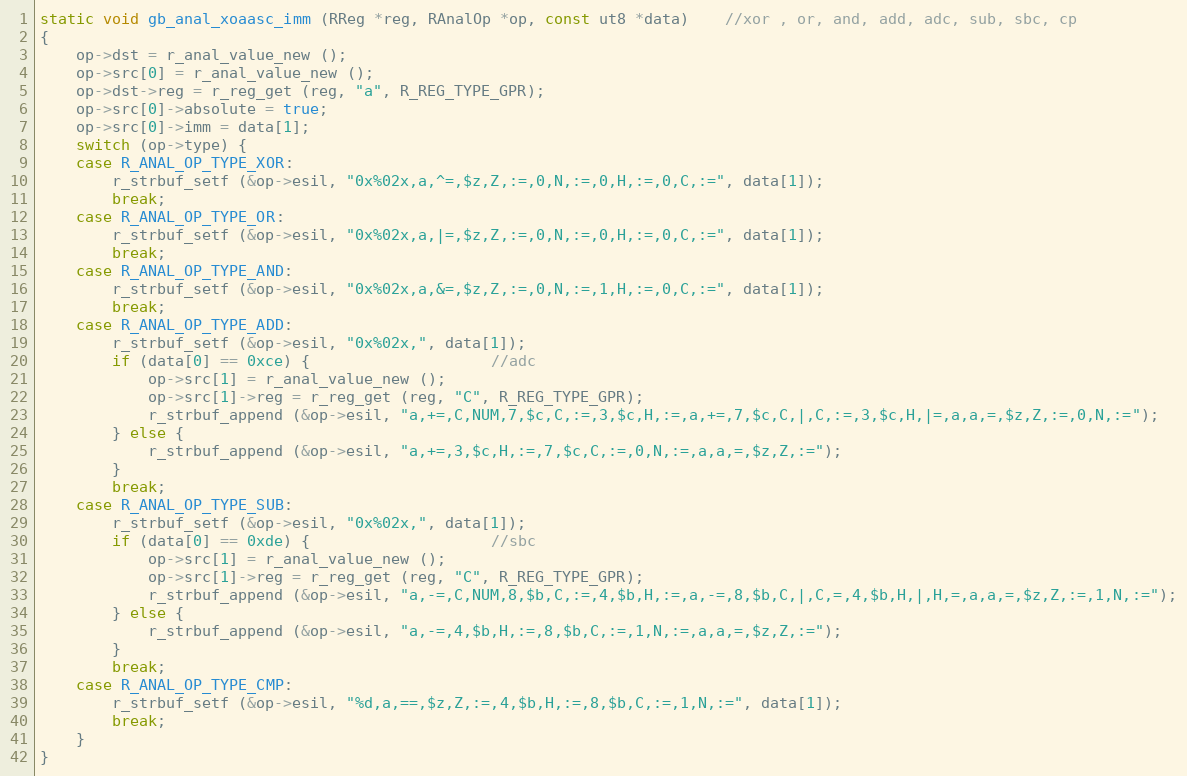
Language: C
static void gb_anal_xoaasc_imm (RReg *reg, RAnalOp *op, const ut8 *data)	//xor , or, and, add, adc, sub, sbc, cp
{
	op->dst = r_anal_value_new ();
	op->src[0] = r_anal_value_new ();
	op->dst->reg = r_reg_get (reg, "a", R_REG_TYPE_GPR);
	op->src[0]->absolute = true;
	op->src[0]->imm = data[1];
	switch (op->type) {
	case R_ANAL_OP_TYPE_XOR:
		r_strbuf_setf (&op->esil, "0x%02x,a,^=,$z,Z,:=,0,N,:=,0,H,:=,0,C,:=", data[1]);
		break;
	case R_ANAL_OP_TYPE_OR:
		r_strbuf_setf (&op->esil, "0x%02x,a,|=,$z,Z,:=,0,N,:=,0,H,:=,0,C,:=", data[1]);
		break;
	case R_ANAL_OP_TYPE_AND:
		r_strbuf_setf (&op->esil, "0x%02x,a,&=,$z,Z,:=,0,N,:=,1,H,:=,0,C,:=", data[1]);
		break;
	case R_ANAL_OP_TYPE_ADD:
		r_strbuf_setf (&op->esil, "0x%02x,", data[1]);
		if (data[0] == 0xce) {					//adc
			op->src[1] = r_anal_value_new ();
			op->src[1]->reg = r_reg_get (reg, "C", R_REG_TYPE_GPR);
			r_strbuf_append (&op->esil, "a,+=,C,NUM,7,$c,C,:=,3,$c,H,:=,a,+=,7,$c,C,|,C,:=,3,$c,H,|=,a,a,=,$z,Z,:=,0,N,:=");
		} else {
			r_strbuf_append (&op->esil, "a,+=,3,$c,H,:=,7,$c,C,:=,0,N,:=,a,a,=,$z,Z,:=");
		}
		break;
	case R_ANAL_OP_TYPE_SUB:
		r_strbuf_setf (&op->esil, "0x%02x,", data[1]);
		if (data[0] == 0xde) {					//sbc
			op->src[1] = r_anal_value_new ();
			op->src[1]->reg = r_reg_get (reg, "C", R_REG_TYPE_GPR);
			r_strbuf_append (&op->esil, "a,-=,C,NUM,8,$b,C,:=,4,$b,H,:=,a,-=,8,$b,C,|,C,=,4,$b,H,|,H,=,a,a,=,$z,Z,:=,1,N,:=");
		} else {
			r_strbuf_append (&op->esil, "a,-=,4,$b,H,:=,8,$b,C,:=,1,N,:=,a,a,=,$z,Z,:=");
		}
		break;
	case R_ANAL_OP_TYPE_CMP:
		r_strbuf_setf (&op->esil, "%d,a,==,$z,Z,:=,4,$b,H,:=,8,$b,C,:=,1,N,:=", data[1]);
		break;
	}
}